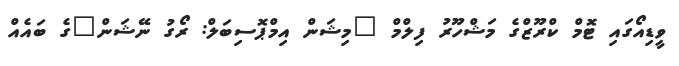
ވީޑިއޯގައި ޓޮމް ކްރޫޒްގެ މަޝްހޫރު ފިލްމް "މިޝަން އިމްޕޮސިބަލް: ރޯގު ނޭޝަން"ގެ ބައެއް